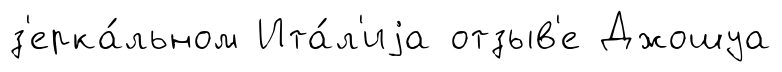
з'ерка́льном Ита́л'иjа отзыв'е Джошуа